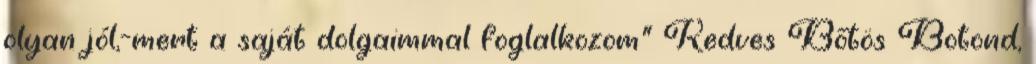
olyan jól,-mert a saját dolgaimmal foglalkozom” Kedves Bőtös Botond,